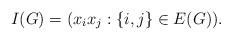
LaTeX: \begin{align*}I(G)=(x_ix_j:\{i,j\}\in E(G)).\end{align*}